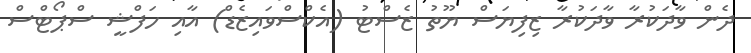
ދެން ވާދަކުރާ ވާދަކުރާ ޒިފިޔަސް ޔޫތު ޒެސްޓު (އެކްސްވައިޒެޑް) އާއި ހަފްޝީ ސްޕޯޓްސް